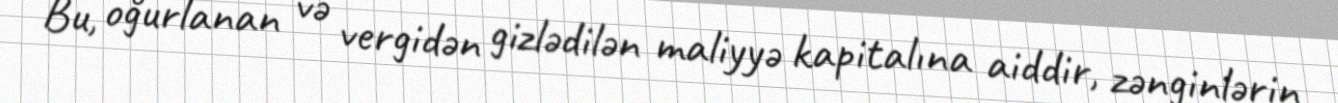
Bu, oğurlanan və vergidən gizlədilən maliyyə kapitalına aiddir, zənginlərin